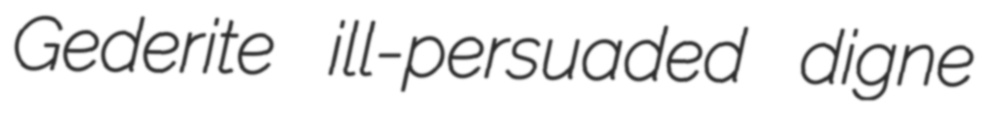
Gederite ill-persuaded digne